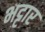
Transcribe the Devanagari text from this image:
भट्टार